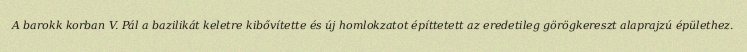
A barokk korban V. Pál a bazilikát keletre kibővítette és új homlokzatot építtetett az eredetileg görögkereszt alaprajzú épülethez.